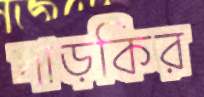
দাড়কির